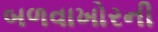
બળવાખોરની